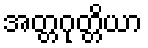
အတ္တဂုတ္တိယာ